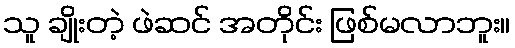
သူ ချိုးတဲ့ ဖဲဆင် အတိုင်း ဖြစ်မလာဘူး။